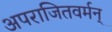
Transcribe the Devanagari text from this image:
अपराजितवर्मन्